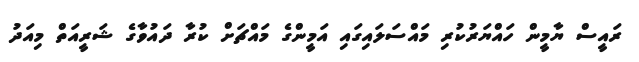
ރައީސް ޔާމީން ހައްޔަރުކުރި މައްސަލައިގައި އަމީންގެ މައްޗަށް ކުރާ ދައުވާގެ ޝަރީއަތް މިއަދު